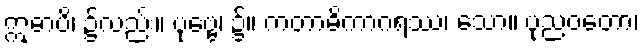
ဣဓာပိ၊ ၌လည်း။ ပုဗ္ဗေ၊ ၌။ ကတာဓိကာဂရဿ၊ သော။ ပုညဝတော၊